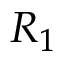
R _ { 1 }